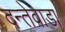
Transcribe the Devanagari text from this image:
दन्तेवाडा